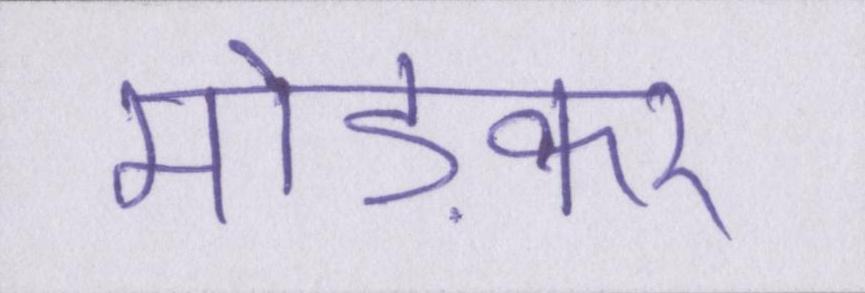
मोड़कर